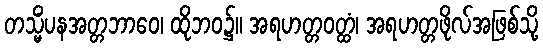
တသ္မိံပနအတ္တဘာဝေ၊ ထိုဘဝ၌။ အရဟတ္တဝတ္ထံ၊ အရဟတ္တဖိုလ်အဖြစ်သို့